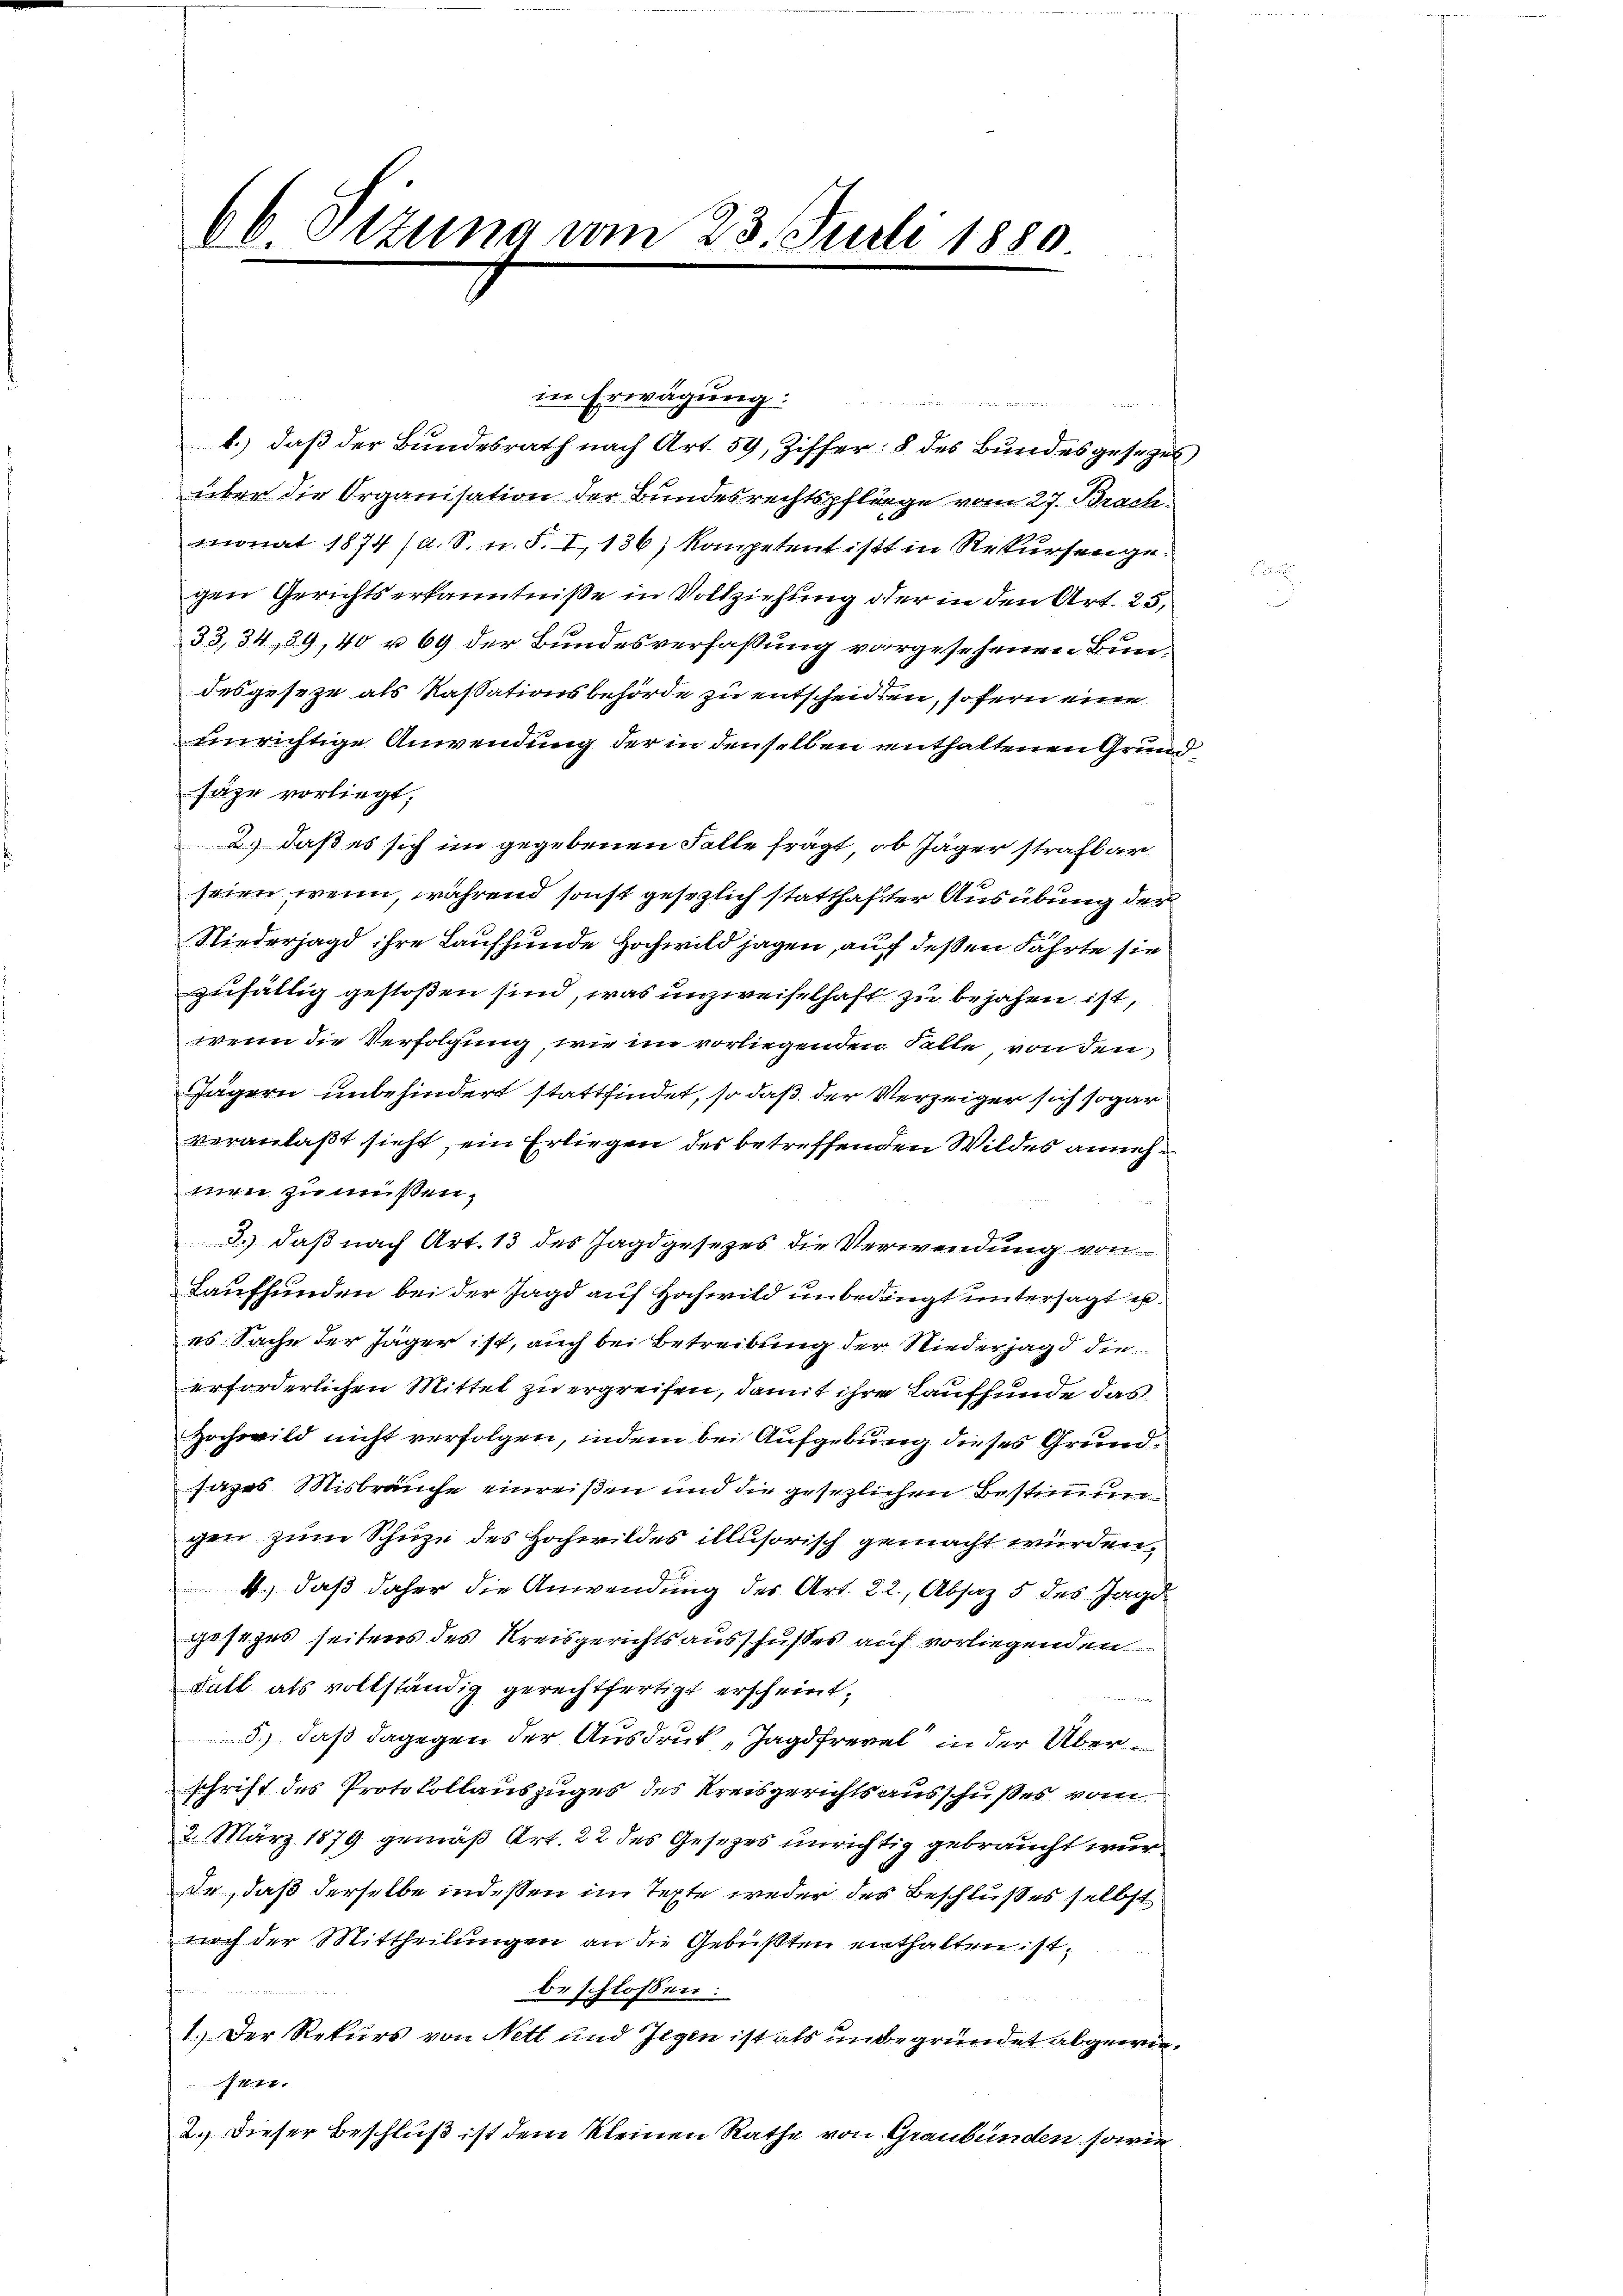
6b. Ottung vom 23. Juli 1880.

s
in Erwägung
1.) daß der Bundesrath nach Art. 59, Ziffer: 8 des Bundesgesezesüber die Organisation der Bundesrechtspfliege vom 27. Brachmonat 1874 (d. S. n. F. I 136) kompetent ist in Rekursengegen Gerichtserkanntniße in Vollziehung der in den Art. 25,
33, 34, 39, 40 u 69 der Bundesverfassung vorgesehenen Bundesgesetze als Kassationsbehörde zu entscheidten, sofern eine
Einrichtige Anwendung der in denselben enthaltenen Grunsäze vorliegt,
2.) daß es sich im gegebenen Falle frägt, ob Jäger strafbar
seien wenn, während sonst gesezlich statthafter Ausübung der
Niederjagd ihre Laufhunde Hochwild jagen, auf deßen Fährte sie
zufällig gestoßen sind, was unzweifelhaft zu bejahen ist,
wenn die Verfolgung, wie im vorliegenden Falle, von den
Jägern unbehindert stattfindet, so daß der Verzeiger sich sogar
veranlaßt sieht, ein Erliegen des betreffenden Wildes annehmen zu müßen,
3.) daß nach Art. 13 des Jagdgesezes die Verwendung von
Lauffunden bei der Jagd auf Hochwild unbedingt untersagt es.
es Sache der Jäger ist, auch bei Betreibung der Niederjagd die
erforderlichen Mittel zu ergreifen, damit ihre Lauffunde das
Hochwild nicht verfolgen, indem bei Aufgebung dieses Grundsages Misbrauche einreißen und die gesezlichen Bestimmungen zum Schuze des Hochwildes illusorisch gemacht würden,
4., daß daher die Anwendung des Art. 22, Absatz 5 des Jagd
gesezes seitens des Kreisgerichtsausschußes auf vorliegenden
Falt als vollständig gerechtfertigt erscheint,
5.) daß dagegen der Ausdruck „Jagdfrevel in der Überschrift des Protokollauszuges des Kreisgerichtsausschußes vom
2. März 1879 gemäß Art. 22 des Gesezes unrichtig gebraucht wur
se, daß derselbe indessen im Texte weder des Beschlußes selbst
nach der Mittheilungen an die Gebüßten enthalten ist,
beschlossen:
1.) Der Rekurs von Nett und Jegen ist als unbegründet abgewie¬
 J. 18. 140.
2. Dieser Beschluß ist dem kleinen Rathe von Graubünden sowie